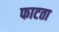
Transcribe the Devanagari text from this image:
फाटता